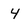
Character: 4